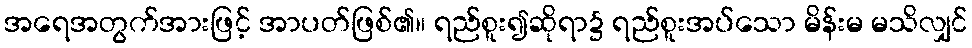
အရေအတွက်အားဖြင့် အာပတ်ဖြစ်၏။ ရည်စူး၍ဆိုရာ၌ ရည်စူးအပ်သော မိန်းမ မသိလျှင်